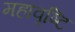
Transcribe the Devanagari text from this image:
महावृष्टि